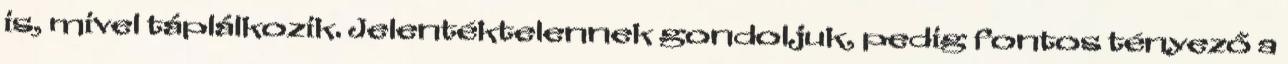
is, mivel táplálkozik. Jelentéktelennek gondoljuk, pedig fontos tényező a